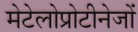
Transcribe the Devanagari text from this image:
मेटेलोप्रोटीनेजों